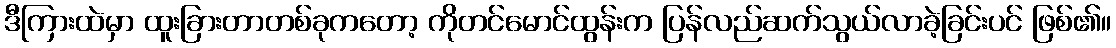
ဒီကြားထဲမှာ ထူးခြားတာတစ်ခုကတော့ ကိုတင်မောင်ထွန်းက ပြန်လည်ဆက်သွယ်လာခဲ့ခြင်းပင် ဖြစ်၏။